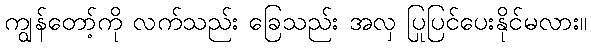
ကျွန်တော့်ကို လက်သည်း ခြေသည်း အလှ ပြုပြင်ပေးနိုင်မလား။